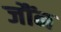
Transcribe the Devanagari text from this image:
जौंन